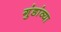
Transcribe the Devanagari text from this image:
गुंडांव्या